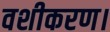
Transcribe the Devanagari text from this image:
वशीकरण।